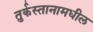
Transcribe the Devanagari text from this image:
तुर्कस्तानामधील